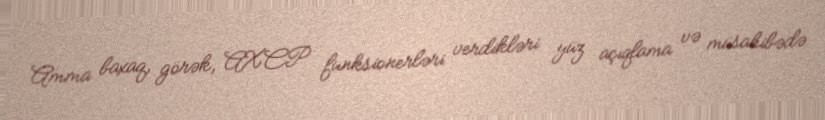
Amma baxaq, görək, AXCP funksionerləri verdikləri yüz açıqlama və müsahibədə